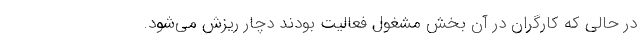
در حالی که کارگران در آن بخش مشغول فعالیت بودند دچار ریزش می‌شود.